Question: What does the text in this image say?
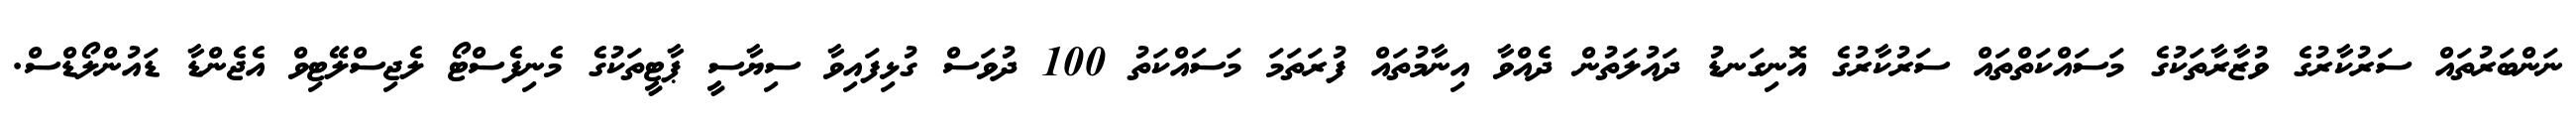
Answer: ނަންބަރުތައް ސަރުކާރުގެ ވުޒާރާތަކުގެ މަސައްކަތްތައް ސަރުކާރުގެ އޮނިގަނޑު ދައުލަތުން ދެއްވާ އިނާމުތައް ފުރަތަމަ މަސައްކަތު 100 ދުވަސް ގުޅިފައިވާ ސިޔާސީ ޕާޓީތަކުގެ މެނިފެސްޓޯ ލެޖިސްލޭޓިވް އެޖެންޑާ ޑައުންލޯޑްސް.